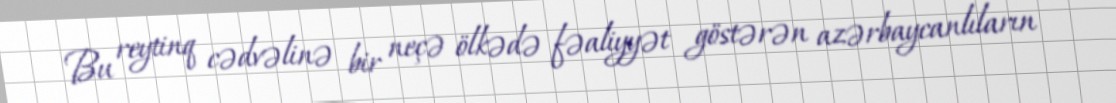
Bu reytinq cədvəlinə bir neçə ölkədə fəaliyyət göstərən azərbaycanlıların